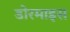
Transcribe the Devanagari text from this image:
डोरमाइस